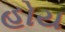
હોય